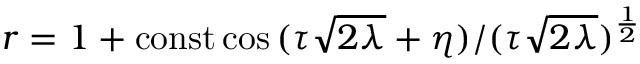
r = 1 + \mathrm { c o n s t } \cos { ( \tau \sqrt { 2 \lambda } + \eta ) } / ( \tau \sqrt { 2 \lambda } ) ^ { { \frac { 1 } { 2 } } }